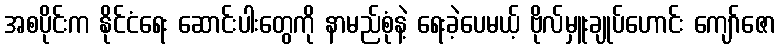
အစပိုင်းက နိုင်ငံရေး ဆောင်းပါးတွေကို နာမည်စုံနဲ့ ရေးခဲ့ပေမယ့် ဗိုလ်မှူးချုပ်ဟောင်း ကျော်ဇော